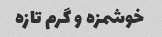
خوشمزه و گرم تازه